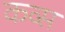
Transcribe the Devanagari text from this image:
कव्स